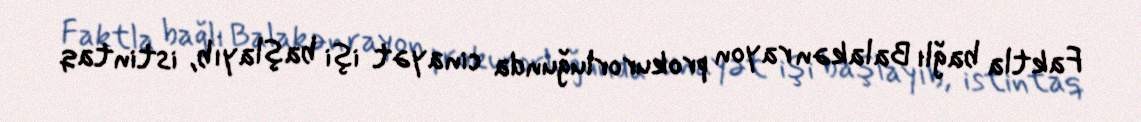
Faktla bağlı Balakən rayon prokurorluğunda cinayət işi başlayıb, istintaq